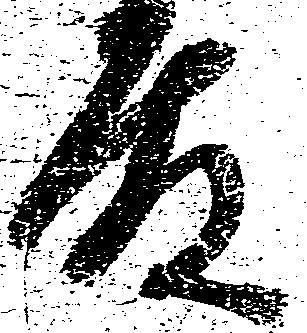
殿